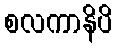
စလကာနိပိ